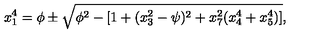
x _ { 1 } ^ { 4 } = \phi \pm \sqrt { \phi ^ { 2 } - \left[ 1 + ( x _ { 3 } ^ { 2 } - \psi ) ^ { 2 } + x _ { 7 } ^ { 2 } ( x _ { 4 } ^ { 4 } + x _ { 5 } ^ { 4 } ) \right] } ,